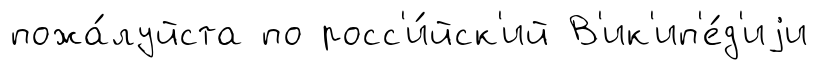
пожа́луйста по росс'и́йск'ий В'ик'ип'е́д'иjи